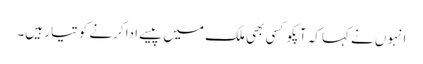
انہوں نے کہا کہ آپکو کسی بھی ملک میں پیسے ادا کرنے کو تیار ہیں۔